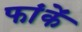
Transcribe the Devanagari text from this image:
फांकें